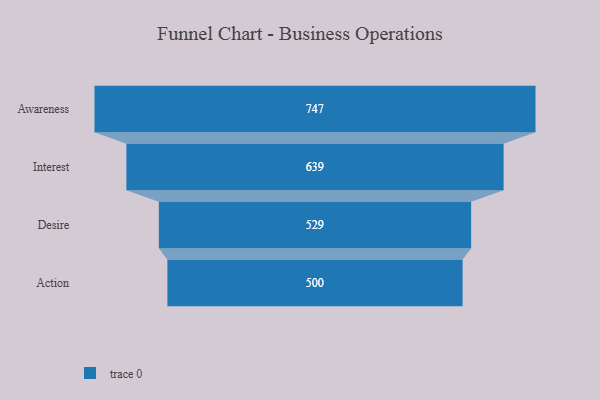
{"axis": {"x": "Stage", "y": "Value"}, "legend": [""], "data": [{"x": "Awareness", "y": 747.0, "type": ""}, {"x": "Interest", "y": 639.0, "type": ""}, {"x": "Desire", "y": 529.0, "type": ""}, {"x": "Action", "y": 500, "type": ""}]}